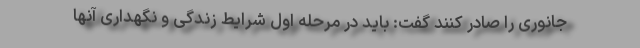
جانوری را صادر کنند گفت: باید در مرحله اول شرایط زندگی و نگهداری آنها